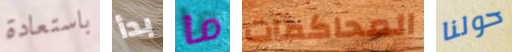
باستعادة بدأ ما المحاكمات حولنا